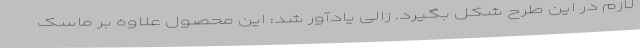
لازم در این طرح شکل بگیرد. زالی یادآور شد: این محصول علاوه بر ماسک